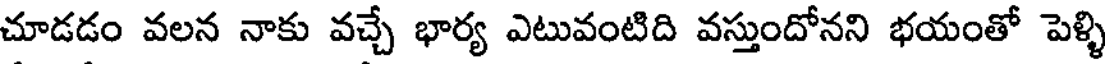
చూడడం వలన నాకు వచ్చే భార్య ఎటువంటిది వస్తుందోనని భయంతో పెళ్ళి